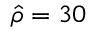
\hat { \rho } = 3 0